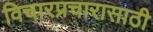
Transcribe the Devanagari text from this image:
विचारप्रचारासाठी